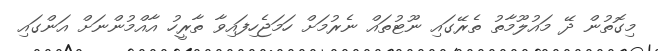
މިގޮތުން ދޭ މައުލޫމާތު ތެރޭގައި ނޫޓުތައް ނެރުމަށް ހަމަޖެހިފައިވާ ތާރީހު އާއްމުންނަށް އަންގައި